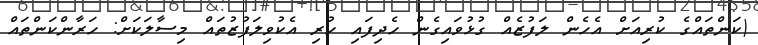
(ކަންތައްގެ ކުރިއަށް އެހެން ލަފުޒެއް ގުޅުވައިގެން ހެދިފައި ހުރި އެކުވިލަފުޒުތައް މިސާލަކަށް: ހަރާންކަންތައް